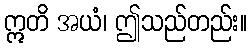
ဣတိ အယံ၊ ဤသည်တည်း။